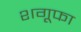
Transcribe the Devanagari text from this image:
शगूफा